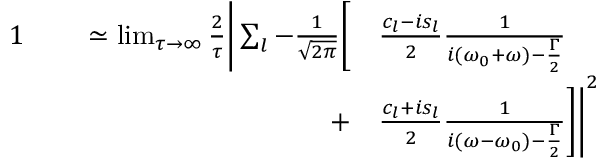
\begin{array} { r l } { { 1 } \qquad \simeq \operatorname* { l i m } _ { \tau \to \infty } \frac { 2 } { \tau } \Bigg | \sum _ { l } - \frac { 1 } { \sqrt { 2 \pi } } \Bigg [ } & { { } \frac { c _ { l } - i s _ { l } } { 2 } \frac { 1 } { i ( \omega _ { 0 } + \omega ) - \frac { \Gamma } { 2 } } } \\ { + } & { { } \frac { c _ { l } + i s _ { l } } { 2 } \frac { 1 } { i ( \omega - \omega _ { 0 } ) - \frac { \Gamma } { 2 } } \Bigg ] \Bigg | ^ { 2 } } \end{array}